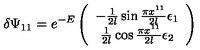
\delta \Psi _ { 1 1 } = e ^ { - E } \left( \begin{array} { c } { - { \frac { 1 } { 2 l } } \sin { \frac { \pi x ^ { 1 1 } } { 2 l } } \epsilon _ { 1 } } \\ { { \frac { 1 } { 2 l } } \cos { \frac { \pi x ^ { 1 1 } } { 2 l } } \epsilon _ { 2 } } \\ \end{array} \right) \